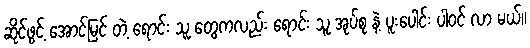
ဆိုင်ဖွင့် အောင်မြင် တဲ့ ရောင်း သူ တွေကလည်း ရောင်း သူ အုပ်စု နဲ့ ပူးပေါင်း ပါ၀င် လာ မယ်။